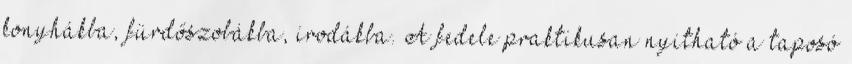
konyhákba, fürdőszobákba, irodákba. A fedele praktikusan nyitható a taposó